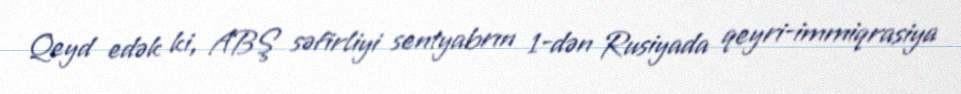
Qeyd edək ki, ABŞ səfirliyi sentyabrın 1-dən Rusiyada qeyri-immiqrasiya